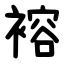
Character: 褣